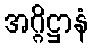
အဂ္ဂိဋ္ဌာနံ